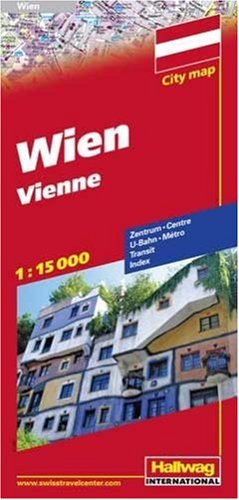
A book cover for Wien / Vienna City Map; Travel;